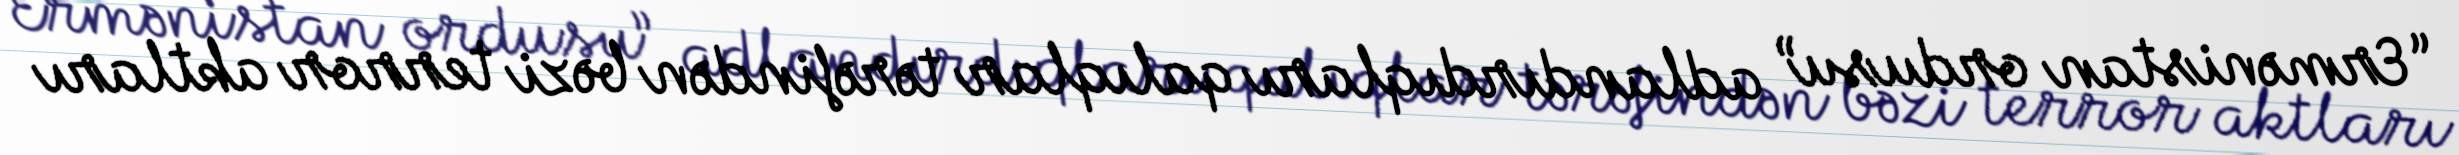
“Ermənistan ordusu” adlandırdıqları qalıqlar tərəfindən bəzi terror aktları